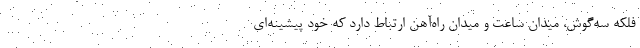
فلکه سه‌گوش، میدان ساعت و میدان راه‌آهن ارتباط دارد که خود پیشینه‌ای